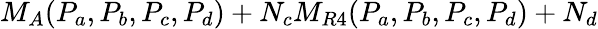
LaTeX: M_{A}(P_{a},P_{b},P_{c},P_{d})+N_{c}M_{R4}(P_{a},P_{b},P_{c},P_{d})+N_{d}